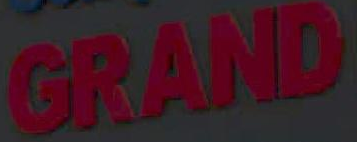
GRAND